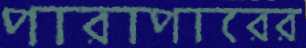
পারাপারের